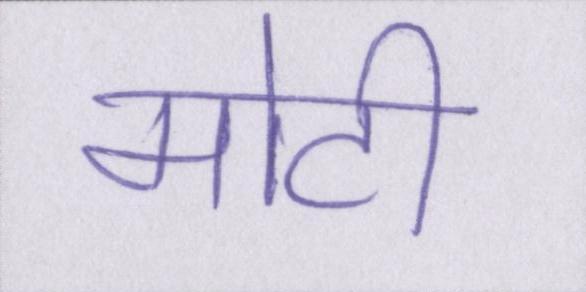
मोटी